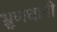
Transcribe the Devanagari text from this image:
भ्रूणधानी